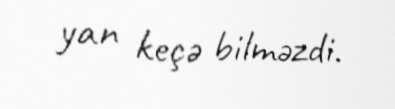
yan keçə bilməzdi.